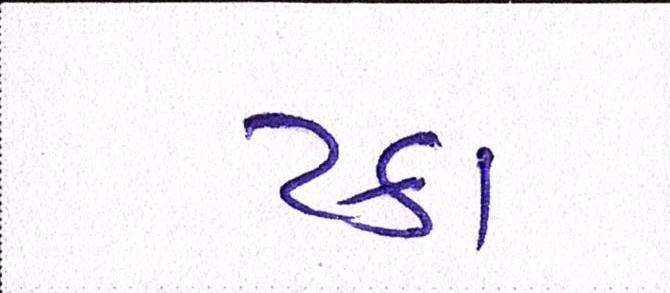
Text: ટકા